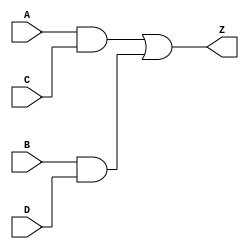
module module_name
(
input A,
input C,
input B,
input D,
output Z
);

assign Z = A&C | B&D;

endmodule